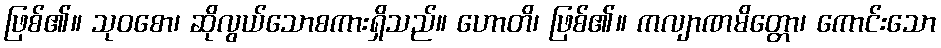
ဖြစ်၏။ သုဝစော၊ ဆိုလွယ်သောစကားရှိသည်။ ဟောတိ၊ ဖြစ်၏။ ကလျာဏမိတ္တော၊ ကောင်းသော